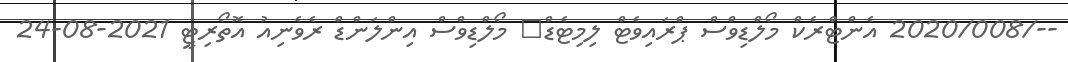
--/2020/008 އެންޓްރެކް މޯލްޑިވްސް ޕްރައިވެޓް ލިމިޓެޑް	 މޯލްޑިވްސް އިންލަންޑް ރެވެނިއު އޮތޯރިޓީ 2021-08-24